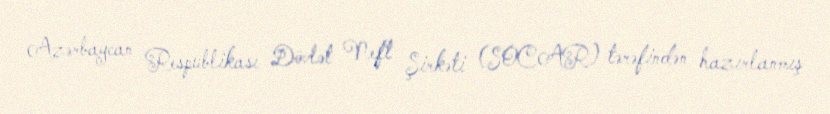
Azərbaycan Respublikası Dövlət Neft Şirkəti (SOCAR) tərəfindən hazırlanmış